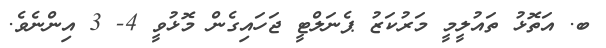
ބ. އަތޮޅު ތައުލީމީ މަރުކަޒު ޕެނަލްޓީ ޖަހައިގެން މޮޅުވީ 4- 3 އިންނެވެ.